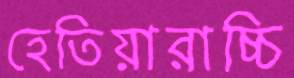
হেতিয়ারাচ্চি